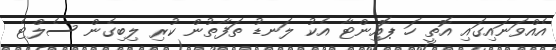
އެއްވަނައިގައި އޮތީ ހަ ޕޮއިންޓާ އެކު ލަނޑު ތަފާތުން ކުރި ލިބިގެން ސެލްޓެ